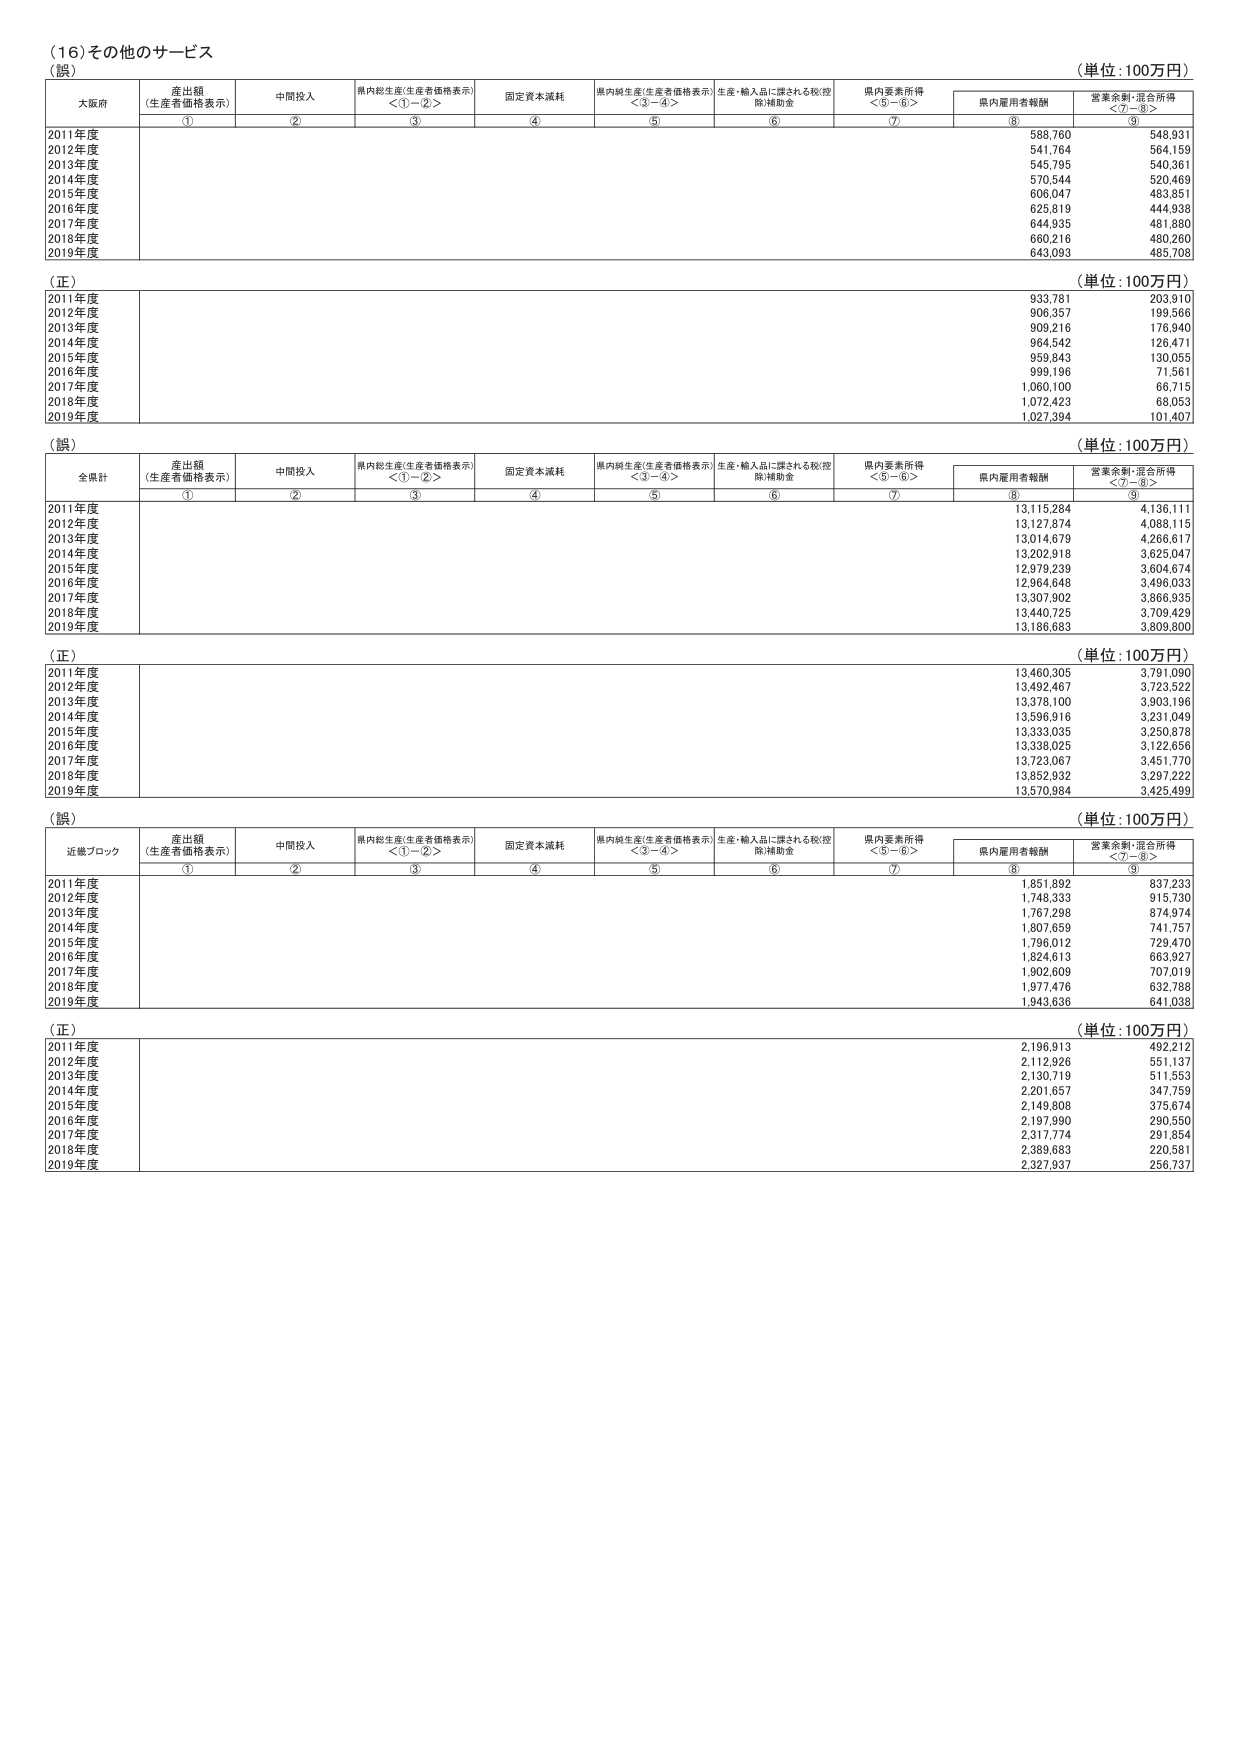
（16）その他のサービス
（誤）
（単位：100万円）
大阪府
産出額（生産者価格表示）
中間投入
県内総生産（生産者価格表示）＜①－②＞
固定資本減耗
県内純生産（生産者価格表示）＜③－④＞
生産・輸入品に課される税（控除）補助金
県内要素所得＜⑤－⑥＞
県内雇用者報酬
営業余剰・混合所得＜⑦－⑧＞
①
②
③
④
⑤
⑥
⑦
⑧
⑨
2011年度
588,760
548,931
2012年度
541,764
564,159
2013年度
545,795
540,361
2014年度
570,544
520,469
2015年度
606,047
483,851
2016年度
625,819
444,938
2017年度
644,935
461,880
2018年度
660,216
480,260
2019年度
643,093
485,708
（正）
（単位：100万円）
2011年度
933,781
203,910
2012年度
906,357
199,566
2013年度
909,216
176,940
2014年度
964,542
126,471
2015年度
959,843
130,055
2016年度
999,196
71,561
2017年度
1,060,100
66,715
2018年度
1,072,423
68,053
2019年度
1,027,394
101,407
（誤）
（単位：100万円）
全県計
産出額（生産者価格表示）
中間投入
県内総生産（生産者価格表示）＜①－②＞
固定資本減耗
県内純生産（生産者価格表示）＜③－④＞
生産・輸入品に課される税（控除）補助金
県内要素所得＜⑤－⑥＞
県内雇用者報酬
営業余剰・混合所得＜⑦－⑧＞
①
②
③
④
⑤
⑥
⑦
⑧
⑨
2011年度
13,115,284
4,136,111
2012年度
13,127,874
4,088,115
2013年度
13,014,679
4,266,617
2014年度
13,202,918
3,625,047
2015年度
12,979,239
3,604,674
2016年度
12,964,648
3,496,033
2017年度
13,307,902
3,866,935
2018年度
13,440,725
3,709,429
2019年度
13,186,683
3,809,800
（正）
（単位：100万円）
2011年度
13,460,305
3,791,090
2012年度
13,492,467
3,723,322
2013年度
13,378,100
3,903,196
2014年度
13,596,916
3,231,049
2015年度
13,333,035
3,250,878
2016年度
13,338,025
3,122,656
2017年度
13,723,067
3,451,770
2018年度
13,852,932
3,297,222
2019年度
13,570,884
3,425,499
（誤）
（単位：100万円）
近畿ブロック
産出額（生産者価格表示）
中間投入
県内総生産（生産者価格表示）＜①－②＞
固定資本減耗
県内純生産（生産者価格表示）＜③－④＞
生産・輸入品に課される税（控除）補助金
県内要素所得＜⑤－⑥＞
県内雇用者報酬
営業余剰・混合所得＜⑦－⑧＞
①
②
③
④
⑤
⑥
⑦
⑧
⑨
2011年度
1,851,892
837,233
2012年度
1,748,333
915,730
2013年度
1,767,298
874,974
2014年度
1,807,659
741,757
2015年度
1,796,012
729,470
2016年度
1,824,613
663,927
2017年度
1,902,609
707,019
2018年度
1,977,476
632,788
2019年度
1,943,636
641,038
（正）
（単位：100万円）
2011年度
2,196,913
492,212
2012年度
2,112,926
551,137
2013年度
2,130,719
511,553
2014年度
2,201,657
347,759
2015年度
2,149,808
375,674
2016年度
2,197,990
290,550
2017年度
2,317,774
291,854
2018年度
2,369,663
220,581
2019年度
2,327,937
256,737